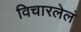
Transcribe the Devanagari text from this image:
विचारलेलं